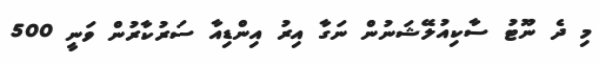
މި ދެ ނޫޓު ސާކިއުލޭޝަނުން ނަގާ އިރު އިންޑިއާ ސަރުކާރުން ވަނީ 500